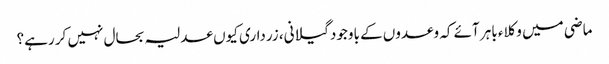
ماضی میں وکلاء باہر آئے کہ وعدوں کے باوجود گیلانی، زرداری کیوں عدلیہ بحال نہیں کر رہے؟